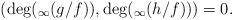
LaTeX: \begin{align*}(\deg(_\infty(g/f)), \deg(_\infty(h/f)))=0.\end{align*}